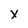
Character: x